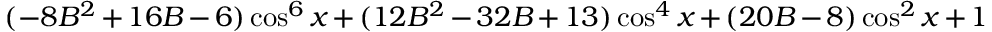
( - 8 B ^ { 2 } + 1 6 B - 6 ) \cos ^ { 6 } x + ( 1 2 B ^ { 2 } - 3 2 B + 1 3 ) \cos ^ { 4 } x + ( 2 0 B - 8 ) \cos ^ { 2 } x + 1